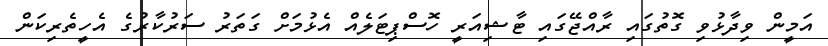
އަމީން ވިދާޅުވި ގޮތުގައި ރާއްޖޭގައި ޓާޝިއަރީ ހޮސްޕިޓަލެއް އެޅުމަށް ގަތަރު ސަރުކާރުގެ އެހީތެރިކަން